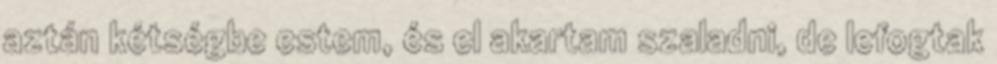
aztán kétségbe estem, és el akartam szaladni, de lefogtak